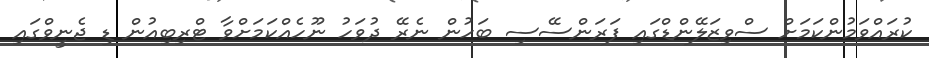
ކުރައްވަމުންކަމަށް ސްވިޒަލޭންޑްގައި ފަރަންސޭސި ބަހުން ނެރޭ ދުވަހު ނޫހެއްކަމަށްވާ ޓްރިބިއުން ޑި ޖެނީވްގައި